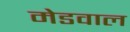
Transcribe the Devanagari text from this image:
मेडवाल